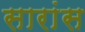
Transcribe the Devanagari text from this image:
सारांस